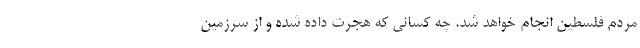
مردم فلسطین انجام خواهد شد. چه کسانی که هجرت داده شده و از سرزمین